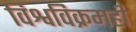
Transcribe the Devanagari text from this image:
विश्वविक्रमही